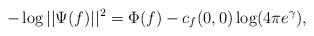
LaTeX: \begin{align*}- \log|| \Psi(f)||^2 = \Phi(f) - c_f(0,0) \log(4\pi e^\gamma),\end{align*}